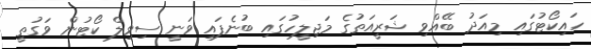
ހައިކޯޓުގައި މިއަދު ބޭއްވި ޝަރީއަތުގެ މަޖިލީހުގައި ބުނެފައި ވަނީ ސިވިލް ކޯޓުން ވަގުތީ